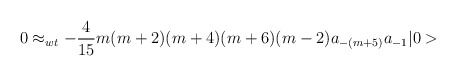
\begin{align*} 0 \approx_{wt} - \frac{4}{15} m (m+2) (m+4) (m+6) (m-2) a_{-(m+5)} a_{-1} \vert 0 >\end{align*}